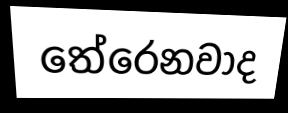
තේරෙනවාද